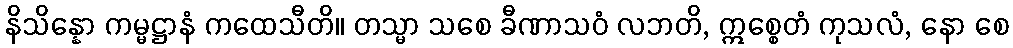
နိသိန္နော ကမ္မဋ္ဌာနံ ကထေသီတိ။ တသ္မာ သစေ ခီဏာသဝံ လဘတိ, ဣစ္စေတံ ကုသလံ, နော စေ